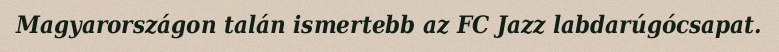
Magyarországon talán ismertebb az FC Jazz labdarúgócsapat.